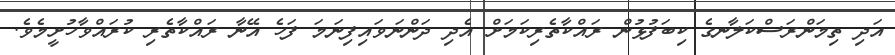
އަދި ތިމަންރަސްކަލާނގެ ކިބަފުޅުން ރައްކާތެރިކަމަށް އެދި ދަންނަވައިފިނަމަ ފަހެ އޭނާ ރައްކާތެރި ކުރައްވާހުށީމެވެ.